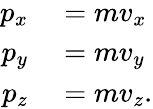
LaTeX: \begin{array}{rl}{p_{x}}&{{}=mv_{x}}\\ {p_{y}}&{{}=mv_{y}}\\ {p_{z}}&{{}=mv_{z}.}\end{array}